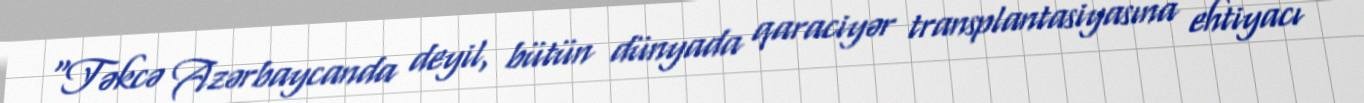
“Təkcə Azərbaycanda deyil, bütün dünyada qaraciyər transplantasiyasına ehtiyacı